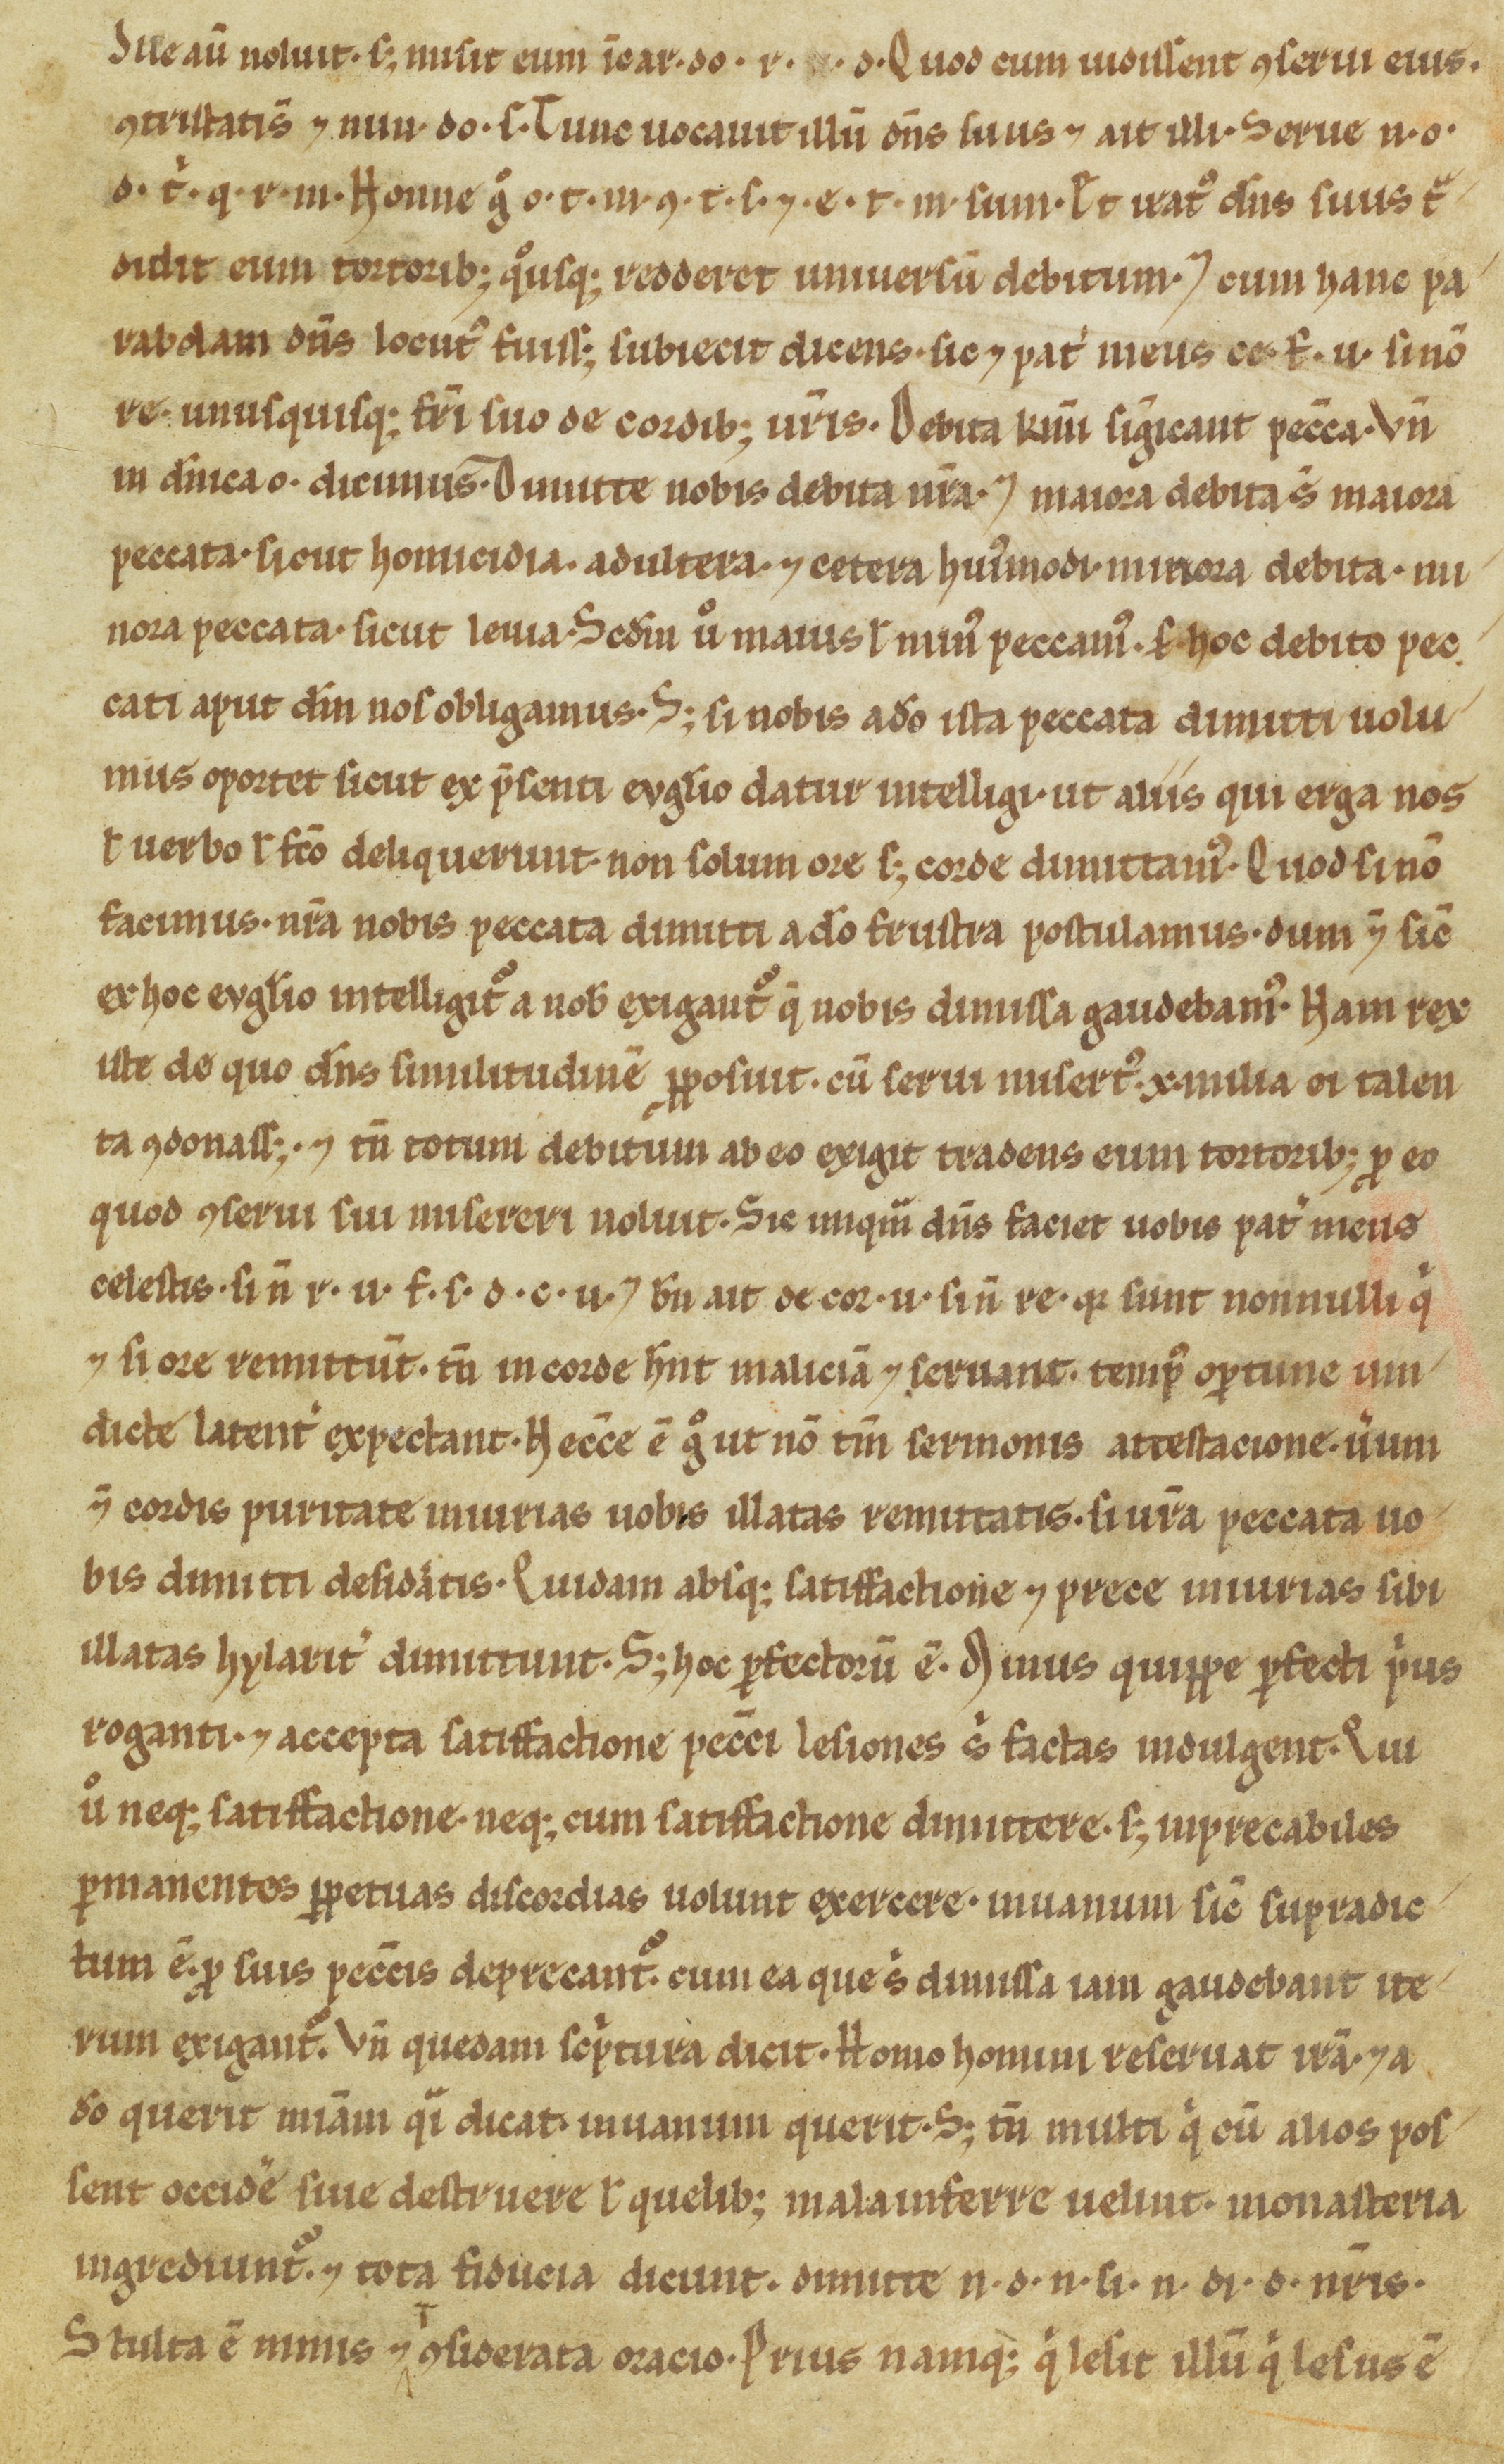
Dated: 1100–1299